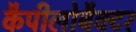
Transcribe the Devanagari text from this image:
कैपीलोबैक्टर